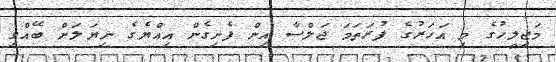
މަޖިލީހުގެ މި އަަހަރުގެ ފުރަތަމަ ޖަލްސާ އިން ފެށިގެން އިއްޔެގެ ނިޔަލަށް ބޭއްވި